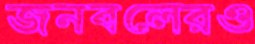
জনবলেরও